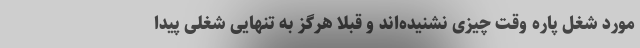
مورد شغل پاره وقت چیزی نشنیده‌اند و قبلا هرگز به تنهایی شغلی پیدا